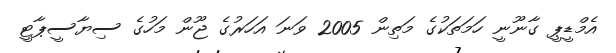
އެމްޑީޕީ ގާނޫނީ ހަމަތަކުގެ މަތިން 2005 ވަނަ އަހަރުގެ ޖޫން މަހުގެ ސިޔާސީޕާޓީ